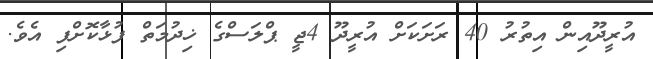
އުރީދޫއިން އިތުރު 40 ރަށަކަށް އުރީދޫ 4ޖީ ޕްލަސްގެ ޚިދުމަތް ފުޅާކޮށްފި އެވެ.